Indian journal of veterinary science and animal husbandry - Volume 11,
Year: 1941
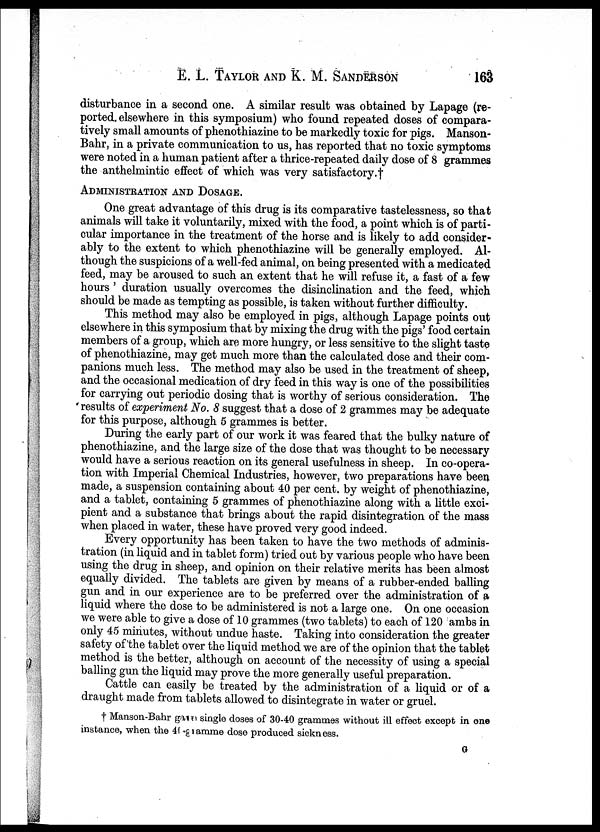
E. L. TAYLOR AND K. M.
SANDERSON
163
disturbance in a second one. A similar result was obtained by Lapage (re-
ported elsewhere in this symposium) who found repeated doses of compara-
tively small amounts of phenothiazine to be markedly toxic for pigs. Manson-
Bahr, in a private communication to us, has reported that no toxic symptoms
were noted in a human patient after a thrice-repeated daily dose of 8 grammes
the anthelmintic effect of which was very satisfactory.†
ADMINISTRATION AND DOSAGE.
One great advantage of this drug is its comparative tastelessness, so that
animals will take it voluntarily, mixed with the food, a point which is of parti-
cular importance in the treatment of the horse and is likely to add consider-
ably to the extent to which phenothiazine will be generally employed. Al-
though the suspicions of a well-fed animal, on being presented with a medicated
feed, may be aroused to such an extent that he will refuse it, a fast of a few
hours ' duration usually overcomes the disinclination and the feed, which
should be made as tempting as possible, is taken without further difficulty.
This method may also be employed in pigs, although Lapage points out
elsewhere in this symposium that by mixing the drug with the pigs' food certain
members of a group, which are more hungry, or less sensitive to the slight taste
of phenothiazine, may get much more than the calculated dose and their com-
panions much less. The method may also be used in the treatment of sheep,
and the occasional medication of dry feed in this way is one of the possibilities
for carrying out periodic dosing that is worthy of serious consideration. The
results of experiment No. 8 suggest that a dose of 2 grammes may be adequate
for this purpose, although 5 grammes is better.
During the early part of our work it was feared that the bulky nature of
phenothiazine, and the large size of the dose that was thought to be necessary
would have a serious reaction on its general usefulness in sheep. In co-opera-
tion with Imperial Chemical Industries, however, two preparations have been
made, a suspension containing about 40 per cent. by weight of phenothiazine,
and a tablet, containing 5 grammes of phenothiazine along with a little exci-
pient and a substance that brings about the rapid disintegration of the mass
when placed in water, these have proved very good indeed.
Every opportunity has been taken to have the two methods of adminis-
tration (in liquid and in tablet form) tried out by various people who have been
using the drug in sheep, and opinion on their relative merits has been almost
equally divided. The tablets are given by means of a rubber-ended balling
gun and in our experience are to be preferred over the administration of a
liquid where the dose to be administered is not a large one. On one occasion
we were able to give a dose of 10 grammes (two tablets) to each of 120 ambs in
only 45 minutes, without undue haste. Taking into consideration the greater
safety of the tablet over the liquid method we are of the opinion that the tablet
method is the better, although on account of the necessity of using a special
balling gun the liquid may prove the more generally useful preparation.
Cattle can easily be treated by the administration of a liquid or of a
draught made from tablets allowed to disintegrate in water or gruel.
† Manson-Bahr gave single doses of 30-40 grammes without ill effect except in one
instance, when the 41 gramme dose produced sickness.
G